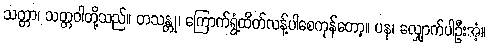
သတ္တာ၊ သတ္တဝါတို့သည်။ တသန္တု၊ ကြောက်ရွံ့ထိတ်လန့်ပါစေကုန်တော့။ ပန၊ လျှောက်ပါဦးအံ့။